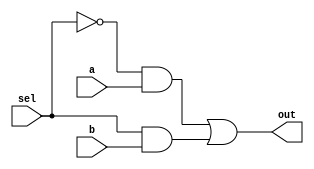
module exm3(input sel,
    input a,b,
    output out);
    assign out = (~sel&a)|(sel&b);
endmodule